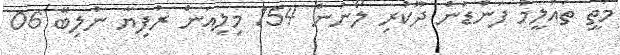
މަތީ ތައުލީމު ފަންޑުން ދޫކުރި ލޯނުން 154 މިލިއަން ރުފިޔާ ނުލިބޭ 06